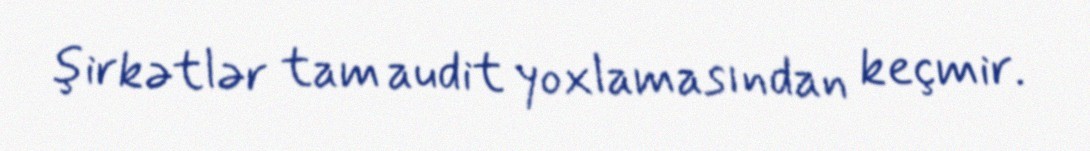
şirkətlər tam audit yoxlamasından keçmir.